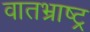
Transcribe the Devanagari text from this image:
वातभ्राष्ट्र